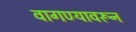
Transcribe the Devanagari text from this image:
वागण्यावरून